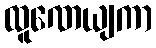
ထူဏေယျကာ